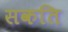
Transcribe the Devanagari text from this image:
सकति